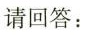
请回答：